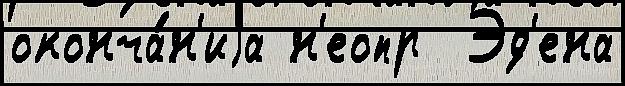
оконча́н'иjа н'еопр  Эд'ена